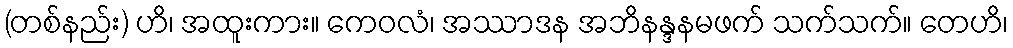
(တစ်နည်း) ဟိ၊ အထူးကား။ ကေဝလံ၊ အဿာဒန အဘိနန္ဒနမဖက် သက်သက်။ တေဟိ၊